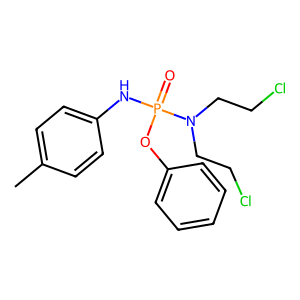
SMILES: Cc1ccc(NP(=O)(Oc2ccccc2)N(CCCl)CCCl)cc1
Inhibits HIV replication: No